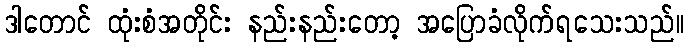
ဒါတောင် ထုံးစံအတိုင်း နည်းနည်းတော့ အပြောခံလိုက်ရသေးသည်။